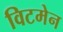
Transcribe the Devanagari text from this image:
विटमेन